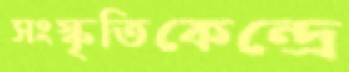
সংস্কৃতিকেন্দ্রে